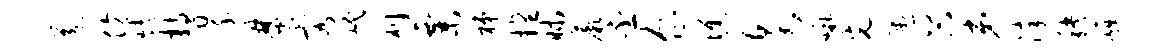
送仿烤持翠焚容岷刈粟梯擅昧蕨丕企憔泉啾光愚谷弟淬秧崛